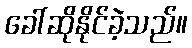
ခေါ်ဆိုနိုင်ခဲ့သည်။